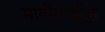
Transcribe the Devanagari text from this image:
मायोसाइटिस